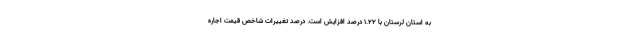
به استان لرستان با ١.٢٢ درصد افزایش است. درصد تغییرات شاخص قیمت اجاره